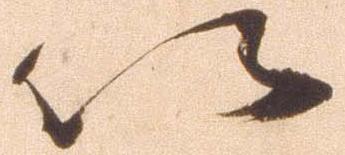
以